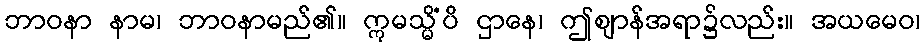
ဘာဝနာ နာမ၊ ဘာဝနာမည်၏။ ဣမသ္မိံပိ ဌာနေ၊ ဤဈာန်အရာ၌လည်း။ အယမေဝ၊